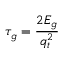
\tau _ { g } = \frac { 2 E _ { g } } { q _ { t } ^ { 2 } }